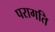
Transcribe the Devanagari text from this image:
परागति